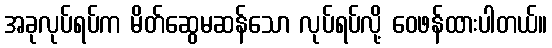
အခုလုပ်ရပ်က မိတ်ဆွေမဆန်သော လုပ်ရပ်လို့ ဝေဖန်ထားပါတယ်။